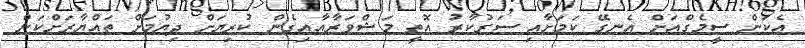
އެކަން ސީމެގްއަށް އެނގޭ ކަމަށާއި ސަރުކާރު އޮތީ މަޝްވަރާއާއިގެން ކުރިޔަށް ދިޔުމަށް ތައްޔާރަށްކަން